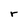
Character: r